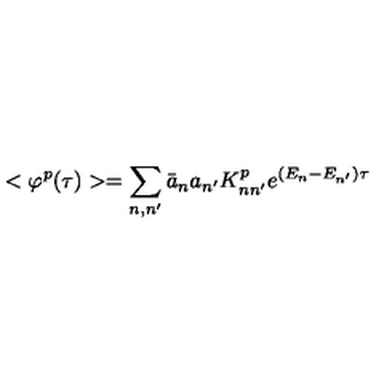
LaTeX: < \varphi ^ { p } ( \tau ) > = \sum _ { n , n ^ { \prime } } \bar { a } _ { n } a _ { n ^ { \prime } } K _ { n n ^ { \prime } } ^ { p } e ^ { ( E _ { n } - E _ { n ^ { \prime } } ) \tau }